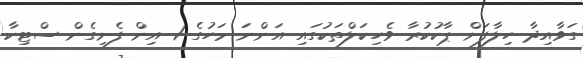
ގަވާއިދާ ހިލާފަށް ޕާކުކުރާ ވެހިކަލްތަކުގައި އަންނަ މަހުގެ 1 އިން ފެށިގެން ސްޓިކާ